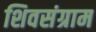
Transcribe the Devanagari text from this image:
शिवसंग्राम